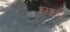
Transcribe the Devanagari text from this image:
ब्यारों